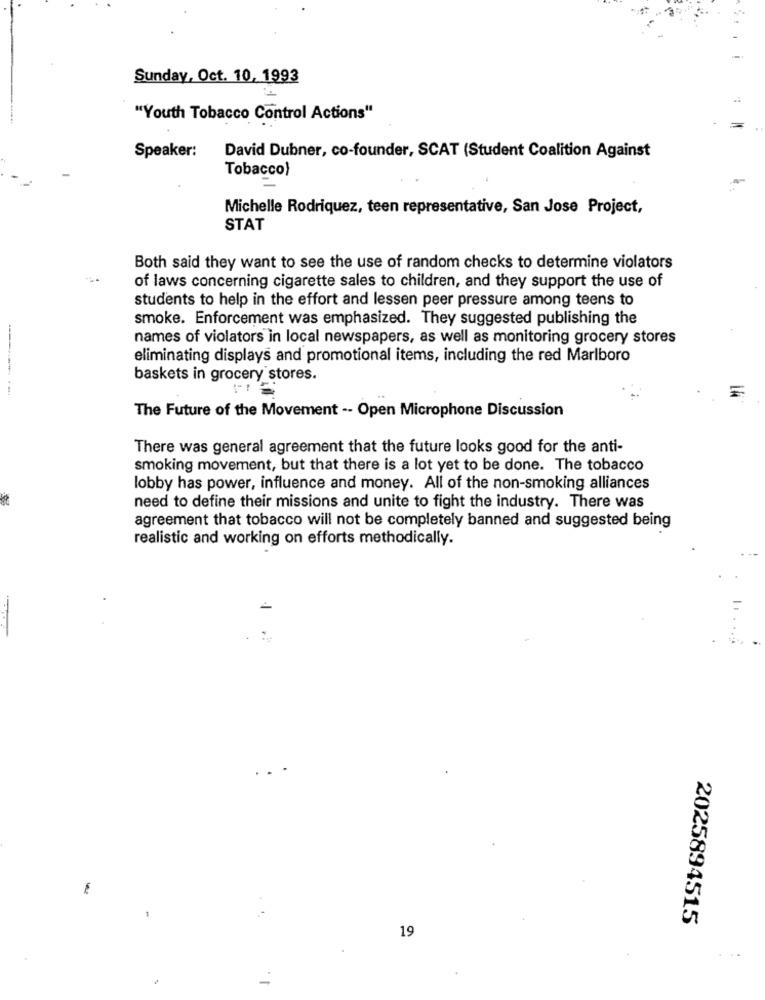
Sunday, Oct. 10, 1993
"Youth Tobacco Control Actions"
Speaker:
David Dubner, co-founder, SCAT (Student Coalition Against
Tobacco)
Michelle Rodriquez, teen representative, San Jose Project,
STAT
Both said they want to see the use of random checks to determine violators
of laws concerning cigarette sales to children, and they support the use of
students to help in the effort and lessen peer pressure among teens to
smoke. Enforcement was emphasized. They suggested publishing the
names of violators in local newspapers, as well as monitoring grocery stores
eliminating displays and promotional items, including the red Marlboro
baskets in grocery stores.
The Future of the Movement -- Open Microphone Discussion
There was general agreement that the future looks good for the anti-
smoking movement, but that there is a lot yet to be done. The tobacco
lobby has power, influence and money. All of the non-smoking alliances
need to define their missions and unite to fight the industry. There was
agreement that tobacco will not be completely banned and suggested being
realistic and working on efforts methodically.
2025894515
19